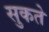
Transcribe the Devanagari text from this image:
सुकते